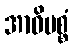
အာဓိပစ္စံ